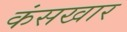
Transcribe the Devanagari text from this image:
कंसखार